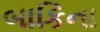
બાકિના